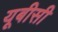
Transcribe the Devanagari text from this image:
यूबीसी